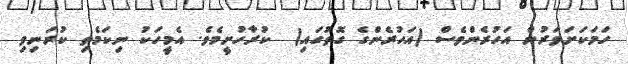
ހަމަކަށަވަރުން އަހުރެންވެސް (އަހުރެންގެ ގޮތުގައި)  ކުރާހުށީމެވެ. އެމީހަކު ނިކަމެތި ކުރަނިވި